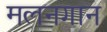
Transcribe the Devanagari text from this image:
मलनगान